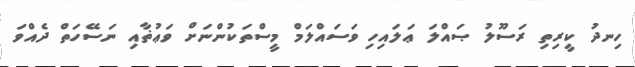
ހިނދު ކީރިތި ރަސޫލު ޞައްލަ ޢަލައިހި ވަސައްލަމް މީސްތަކުންނަށް ވަޢުޡާއި ނަސޭހަތް ދެއްވަ